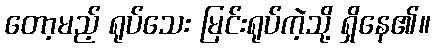
တော့မည့် ရုပ်သေး မြင်းရုပ်ကဲ့သို့ ရှိနေ၏။